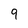
Character: 9